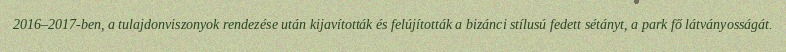
2016–2017-ben, a tulajdonviszonyok rendezése után kijavították és felújították a bizánci stílusú fedett sétányt, a park fő látványosságát.